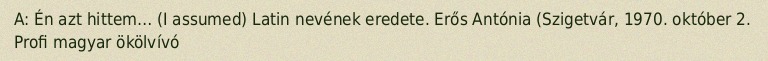
A: Én azt hittem… (I assumed) Latin nevének eredete. Erős Antónia (Szigetvár, 1970. október 2. Profi magyar ökölvívó